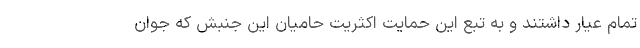
تمام عیار داشتند و به تبع این حمایت اکثریت حامیان این جنبش که جوان